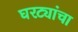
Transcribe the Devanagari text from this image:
घरट्यांचा